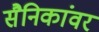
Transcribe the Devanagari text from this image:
सैनिकांवर